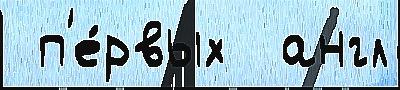
 п'е́рвых  англ